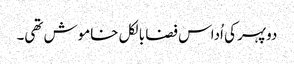
دوپہر کی اُداس فضا بالکل خاموش تھی۔